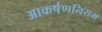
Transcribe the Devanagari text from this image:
आकर्षणनियम